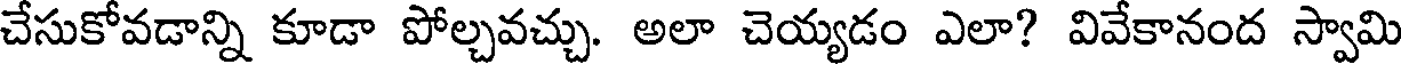
చేసుకోవడాన్ని కూడా పోల్చవచ్చు. అలా చెయ్యడం ఎలా? వివేకానంద స్వామి